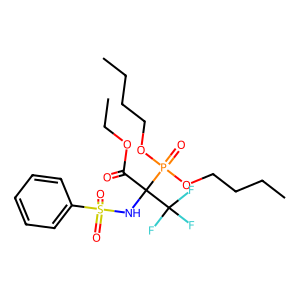
SMILES: CCCCOP(=O)(OCCCC)C(NS(=O)(=O)c1ccccc1)(C(=O)OCC)C(F)(F)F
Inhibits HIV replication: No